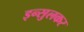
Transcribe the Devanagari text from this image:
इन्सुलकर